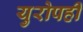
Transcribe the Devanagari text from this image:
युरोपही